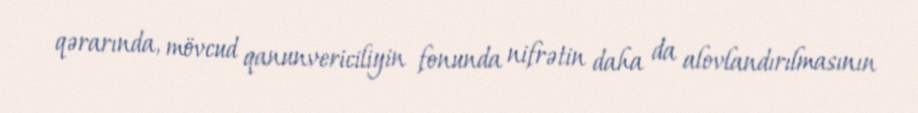
qərarında, mövcud qanunvericiliyin fonunda nifrətin daha da alovlandırılmasının